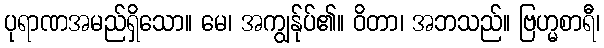
ပုရာဏအမည်ရှိသော။ မေ၊ အကျွန်ုပ်၏။ ဝိတာ၊ အဘသည်။ ဗြဟ္မစာရီ၊